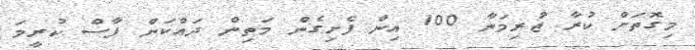
މިގޮތަށް ކުރާ ޖުރިމަނާ 100 އިން ފެށިގެން މަތިން ދައްކަން ފާސް ކުރީމަ